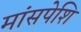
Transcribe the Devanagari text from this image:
मांसपेशि